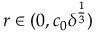
r \in ( 0 , c _ { 0 } \delta ^ { \frac 1 3 } )